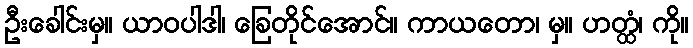
ဦးခေါင်းမှ။ ယာဝပါဒါ၊ ခြေတိုင်အောင်။ ကာယတော၊ မှ။ ဟတ္ထံ၊ ကို။